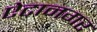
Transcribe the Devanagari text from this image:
ऐटानगर